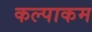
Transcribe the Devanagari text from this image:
कल्पाकम